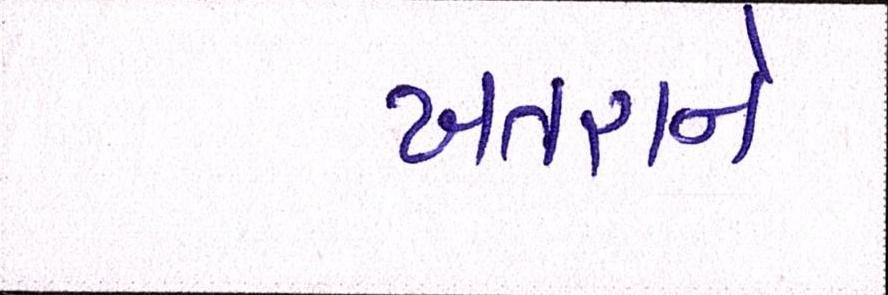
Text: ખતરાને